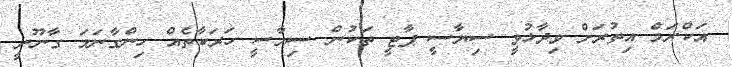
އަކްރަމް އިތުރަށް ވިދާޅުވީ ސިޔާސީ ޕާޓީ ތަކުން ސިޔާސީ ހަރަކާތެއް ހިންގާނަމަ ގާނޫނީ